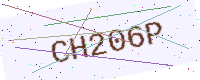
Text: CH206P